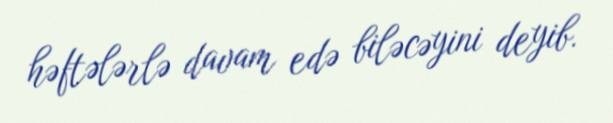
həftələrlə davam edə biləcəyini deyib.